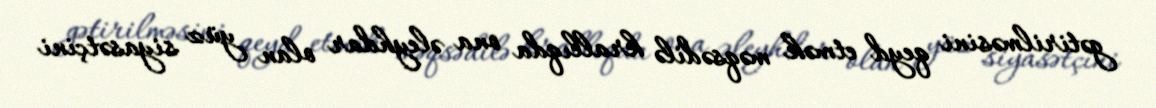
gətirilməsini qeyd etmək məqsədilə krallıqda ona əleyhdar olan yüz siyasətçini